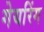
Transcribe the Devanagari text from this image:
गेयरिंग